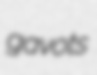
gavots